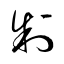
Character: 制